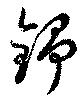
錚